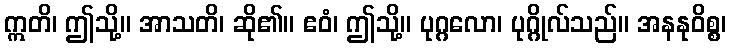
ဣတိ၊ ဤသို့။ အာသတိ၊ ဆို၏။ ဧဝံ၊ ဤသို့။ ပုဂ္ဂလော၊ ပုဂ္ဂိုလ်သည်။ အနနုဝိစ္စ၊